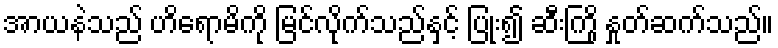
အာယနဲသည် ဟိရောမိကို မြင်လိုက်သည်နှင့် ပြုံး၍ ဆီးကြို နှုတ်ဆက်သည်။